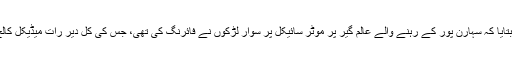
پولیس نے آج یہاں بتایا کہ سہارن پور کے رہنے والے عالم گیر پر موٹر سائیکل پر سوار لڑکوں نے فائرنگ کی تھی، جس کی کل دیر رات میڈیکل کالج میں موت ہوگئی ۔